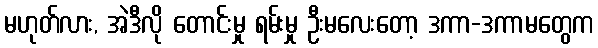
မဟုတ်လား, အဲဒီလို တောင်းမှု ရမ်းမှု ဦးမလေးတော့ ဒကာ-ဒကာမတွေက